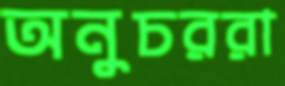
অনুচররা